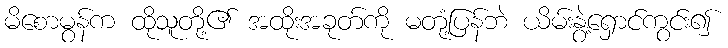
မိစောမွန်က ထိုသူတို့၏ အထိုးအခုတ်ကို မတုံ့ပြန်ဘဲ ယိမ်းနွဲ့ရှောင်ကွင်း၍